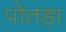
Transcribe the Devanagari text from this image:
पोतड़ा